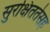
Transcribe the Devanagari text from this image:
सुरक्षिततेसह